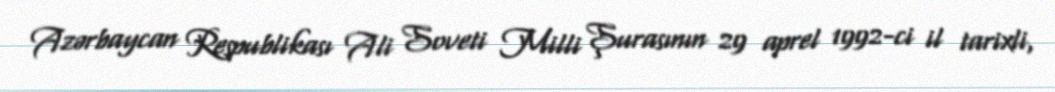
Azərbaycan Respublikası Ali Soveti Milli Şurasının 29 aprel 1992-ci il tarixli,